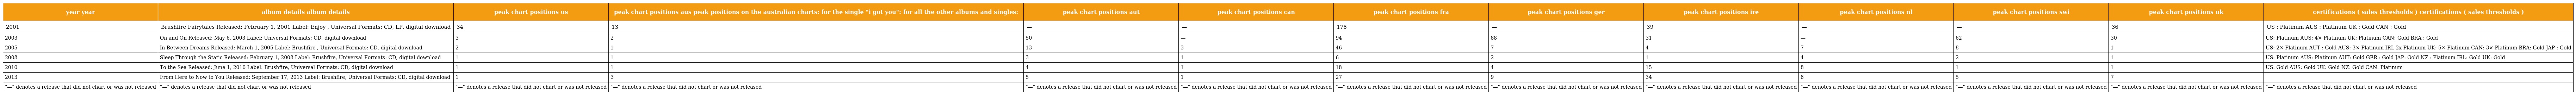
| year year | album details album details | peak chart positions us | peak chart positions aus peak positions on the australian charts: for the single "i got you": for all the other albums and singles: | peak chart positions aut | peak chart positions can | peak chart positions fra | peak chart positions ger | peak chart positions ire | peak chart positions nl | peak chart positions swi | peak chart positions uk | certifications ( sales thresholds ) certifications ( sales thresholds ) |
 | --- | --- | --- | --- | --- | --- | --- | --- | --- | --- | --- | --- | --- |
 | 2001 | Brushfire Fairytales Released: February 1, 2001 Label: Enjoy , Universal Formats: CD, LP, digital download | 34 | 13 | — | — | 178 | — | 39 | — | — | 36 | US : Platinum AUS : Platinum UK : Gold CAN : Gold |
 | 2003 | On and On Released: May 6, 2003 Label: Universal Formats: CD, digital download | 3 | 2 | 50 | — | 94 | 88 | 31 | — | 62 | 30 | US: Platinum AUS: 4× Platinum UK: Platinum CAN: Gold BRA : Gold |
 | 2005 | In Between Dreams Released: March 1, 2005 Label: Brushfire , Universal Formats: CD, digital download | 2 | 1 | 13 | 3 | 46 | 7 | 4 | 7 | 8 | 1 | US: 2× Platinum AUT : Gold AUS: 3× Platinum IRL 2x Platinum UK: 5× Platinum CAN: 3× Platinum BRA: Gold JAP : Gold |
 | 2008 | Sleep Through the Static Released: February 1, 2008 Label: Brushfire, Universal Formats: CD, digital download | 1 | 1 | 3 | 1 | 6 | 2 | 1 | 4 | 2 | 1 | US: Platinum AUS: Platinum AUT: Gold GER : Gold JAP: Gold NZ : Platinum IRL: Gold UK: Gold |
 | 2010 | To the Sea Released: June 1, 2010 Label: Brushfire, Universal Formats: CD, digital download | 1 | 1 | 4 | 1 | 18 | 4 | 15 | 8 | 1 | 1 | US: Gold AUS: Gold UK: Gold NZ: Gold CAN: Platinum |
 | 2013 | From Here to Now to You Released: September 17, 2013 Label: Brushfire, Universal Formats: CD, digital download | 1 | 3 | 5 | 1 | 27 | 9 | 34 | 8 | 5 | 7 |  |
 | "—" denotes a release that did not chart or was not released | "—" denotes a release that did not chart or was not released | "—" denotes a release that did not chart or was not released | "—" denotes a release that did not chart or was not released | "—" denotes a release that did not chart or was not released | "—" denotes a release that did not chart or was not released | "—" denotes a release that did not chart or was not released | "—" denotes a release that did not chart or was not released | "—" denotes a release that did not chart or was not released | "—" denotes a release that did not chart or was not released | "—" denotes a release that did not chart or was not released | "—" denotes a release that did not chart or was not released | "—" denotes a release that did not chart or was not released |